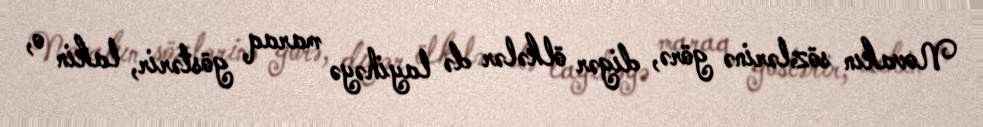
Novakın sözlərinə görə, digər ölkələr də layihəyə maraq göstərir, lakin o,